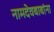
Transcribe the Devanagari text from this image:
नामदेवबाबांना